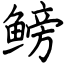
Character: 鳑